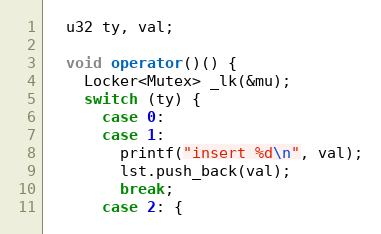
Language: C++
  u32 ty, val;

  void operator()() {
    Locker<Mutex> _lk(&mu);
    switch (ty) {
      case 0:
      case 1:
        printf("insert %d\n", val);
        lst.push_back(val);
        break;
      case 2: {